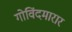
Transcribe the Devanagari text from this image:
गोविंदमारार